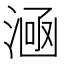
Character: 㴠